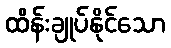
ထိန်းချုပ်နိုင်သော